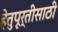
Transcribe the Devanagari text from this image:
हेतुपूर्तीसाठी